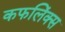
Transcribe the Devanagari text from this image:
कफलिंक्स